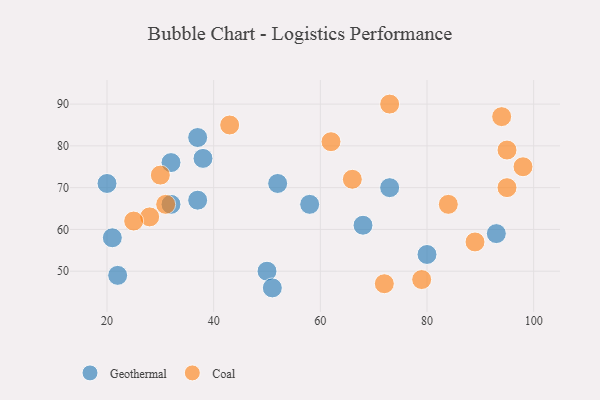
{"axis": {"x": "GDP", "y": "Life Expectancy"}, "legend": ["Coal", "Geothermal"], "data": [{"x": "50", "y": 50, "type": "Geothermal"}, {"x": "73", "y": 70, "type": "Geothermal"}, {"x": "32", "y": 76, "type": "Geothermal"}, {"x": "93", "y": 59, "type": "Geothermal"}, {"x": "22", "y": 49, "type": "Geothermal"}, {"x": "20", "y": 71, "type": "Geothermal"}, {"x": "68", "y": 61, "type": "Geothermal"}, {"x": "37", "y": 67, "type": "Geothermal"}, {"x": "21", "y": 58, "type": "Geothermal"}, {"x": "32", "y": 66, "type": "Geothermal"}, {"x": "52", "y": 71, "type": "Geothermal"}, {"x": "51", "y": 46, "type": "Geothermal"}, {"x": "80", "y": 54, "type": "Geothermal"}, {"x": "38", "y": 77, "type": "Geothermal"}, {"x": "37", "y": 82, "type": "Geothermal"}, {"x": "58", "y": 66, "type": "Geothermal"}, {"x": "94", "y": 87, "type": "Coal"}, {"x": "95", "y": 70, "type": "Coal"}, {"x": "28", "y": 63, "type": "Coal"}, {"x": "66", "y": 72, "type": "Coal"}, {"x": "72", "y": 47, "type": "Coal"}, {"x": "31", "y": 66, "type": "Coal"}, {"x": "25", "y": 62, "type": "Coal"}, {"x": "98", "y": 75, "type": "Coal"}, {"x": "95", "y": 79, "type": "Coal"}, {"x": "43", "y": 85, "type": "Coal"}, {"x": "84", "y": 66, "type": "Coal"}, {"x": "62", "y": 81, "type": "Coal"}, {"x": "73", "y": 90, "type": "Coal"}, {"x": "89", "y": 57, "type": "Coal"}, {"x": "30", "y": 73, "type": "Coal"}, {"x": "79", "y": 48, "type": "Coal"}]}